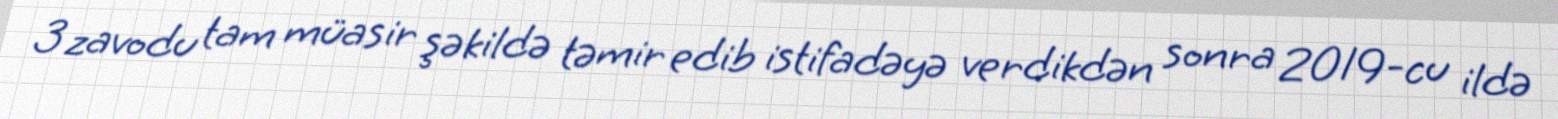
3 zavodu tam müasir şəkildə təmir edib istifadəyə verdikdən sonra 2019-cu ildə